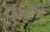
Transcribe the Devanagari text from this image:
कुरुः